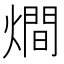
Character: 𤏐